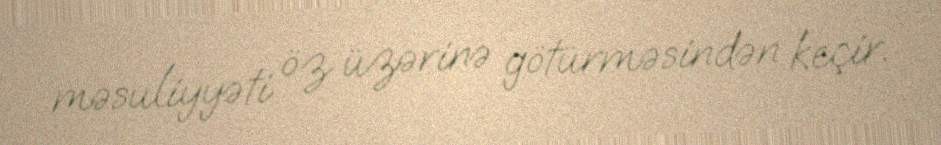
məsuliyyəti öz üzərinə götürməsindən keçir.